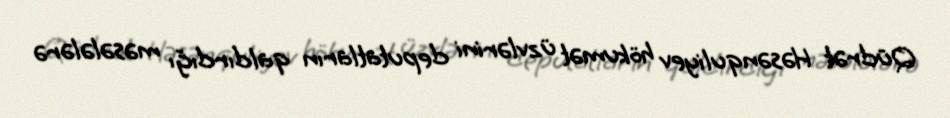
Qüdrət Həsənquliyev hökumət üzvlərini deputatların qaldırdığı məsələlərə